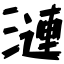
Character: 漣